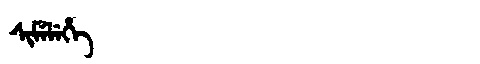
Manchu: ᠰᡳᠮᡝᠯᡝᡥᡝ
Romanization: SIMELEHE